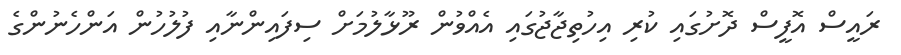
ރައީސް އޮފީސް ދޮށުގައި ކުރި އިހުތިޖާޖުގައި އެއްވުން ރޫޅާލުމަށް ސިފައިންނާއި ފުލުހުން އަންހެނުންގެ